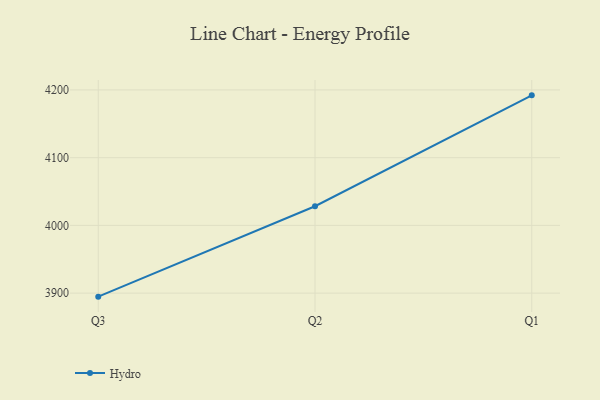
{"axis": {"x": "Quarter", "y": "Gross Profit (USD K)"}, "legend": ["Hydro"], "data": [{"x": "Q3", "y": 3894.8, "type": "Hydro"}, {"x": "Q2", "y": 4028.3, "type": "Hydro"}, {"x": "Q1", "y": 4192.0, "type": "Hydro"}]}